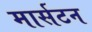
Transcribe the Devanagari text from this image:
मार्सटन